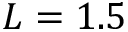
L = 1 . 5